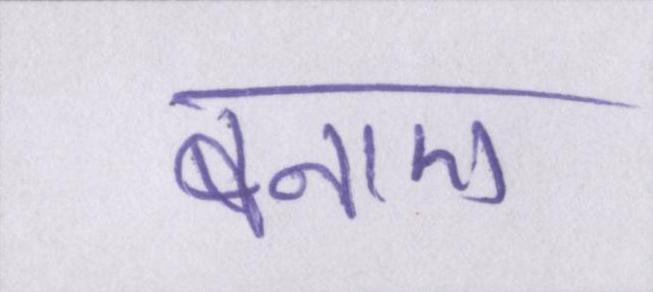
बनाए